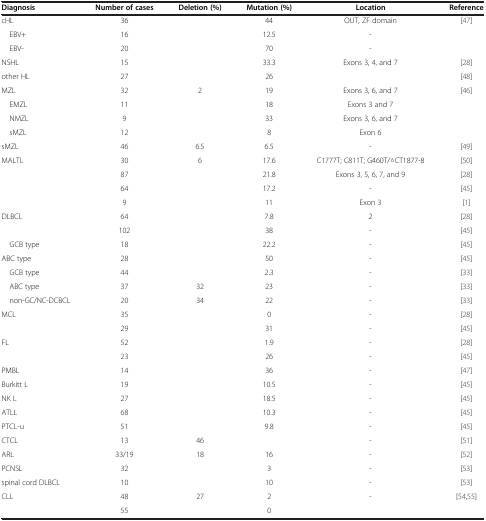
<table><thead><tr><td><b>Diagnosis</b></td><td><b>Number of cases</b></td><td><b>Deletion (%)</b></td><td><b>Mutation (%)</b></td><td><b>Location</b></td><td><b>Reference</b></td></tr></thead><tbody><tr><td>cHL</td><td>36</td><td> </td><td>44</td><td>OUT, ZF domain</td><td>[47]</td></tr><tr><td> EBV+</td><td>16</td><td> </td><td>12.5</td><td>-</td><td> </td></tr><tr><td> EBV-</td><td>20</td><td> </td><td>70</td><td>-</td><td> </td></tr><tr><td>NSHL</td><td>15</td><td> </td><td>33.3</td><td>Exons 3, 4, and 7</td><td>[28]</td></tr><tr><td>other HL</td><td>27</td><td> </td><td>26</td><td> </td><td>[48]</td></tr><tr><td>MZL</td><td>32</td><td>2</td><td>19</td><td>Exons 3, 6, and 7</td><td rowspan="4">[46]</td></tr><tr><td> EMZL</td><td>11</td><td> </td><td>18</td><td>Exons 3 and 7</td></tr><tr><td> NMZL</td><td>9</td><td> </td><td>33</td><td>Exons 3, 6, and 7</td></tr><tr><td> sMZL</td><td>12</td><td> </td><td>8</td><td>Exon 6</td></tr><tr><td>sMZL</td><td>46</td><td>6.5</td><td>6.5</td><td>-</td><td>[49]</td></tr><tr><td rowspan="4">MALTL</td><td>30</td><td>6</td><td>17.6</td><td>C1777T; C811T; G460T/△CT1877-8</td><td>[50]</td></tr><tr><td>87</td><td> </td><td>21.8</td><td>Exons 3, 5, 6, 7, and 9</td><td>[28]</td></tr><tr><td>64</td><td> </td><td>17.2</td><td>-</td><td>[45]</td></tr><tr><td>9</td><td> </td><td>11</td><td>Exon 3</td><td>[1]</td></tr><tr><td rowspan="2">DLBCL</td><td>64</td><td> </td><td>7.8</td><td>2</td><td>[28]</td></tr><tr><td>102</td><td> </td><td>38</td><td>-</td><td>[45]</td></tr><tr><td> GCB type</td><td>18</td><td> </td><td>22.2</td><td>-</td><td>[45]</td></tr><tr><td>ABC type</td><td>28</td><td> </td><td>50</td><td>-</td><td>[45]</td></tr><tr><td> GCB type</td><td>44</td><td> </td><td>2.3</td><td>-</td><td>[33]</td></tr><tr><td> ABC type</td><td>37</td><td>32</td><td>23</td><td>-</td><td>[33]</td></tr><tr><td> non-GC/NC-DCBCL</td><td>20</td><td>34</td><td>22</td><td>-</td><td>[33]</td></tr><tr><td rowspan="2">MCL</td><td>35</td><td> </td><td>0</td><td>-</td><td>[28]</td></tr><tr><td>29</td><td> </td><td>31</td><td>-</td><td>[45]</td></tr><tr><td rowspan="2">FL</td><td>52</td><td> </td><td>1.9</td><td>-</td><td>[28]</td></tr><tr><td>23</td><td> </td><td>26</td><td>-</td><td>[45]</td></tr><tr><td>PMBL</td><td>14</td><td> </td><td>36</td><td>-</td><td>[47]</td></tr><tr><td>Burkitt L</td><td>19</td><td> </td><td>10.5</td><td>-</td><td>[45]</td></tr><tr><td>NK L</td><td>27</td><td> </td><td>18.5</td><td>-</td><td>[45]</td></tr><tr><td>ATLL</td><td>68</td><td> </td><td>10.3</td><td>-</td><td>[45]</td></tr><tr><td>PTCL-u</td><td>51</td><td> </td><td>9.8</td><td>-</td><td>[45]</td></tr><tr><td>CTCL</td><td>13</td><td>46</td><td> </td><td>-</td><td>[51]</td></tr><tr><td>ARL</td><td>33/19</td><td>18</td><td>16</td><td>-</td><td>[52]</td></tr><tr><td>PCNSL</td><td>32</td><td> </td><td>3</td><td>-</td><td>[53]</td></tr><tr><td>spinal cord DLBCL</td><td>10</td><td> </td><td>10</td><td>-</td><td>[53]</td></tr><tr><td rowspan="2">CLL</td><td>48</td><td>27</td><td>2</td><td rowspan="2">-</td><td rowspan="2">[54,55]</td></tr><tr><td>55</td><td> </td><td>0</td></tr></tbody></table>